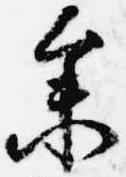
参